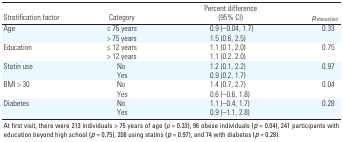
<table><thead><tr><td><b>Stratification factor</b></td><td><b>Category</b></td><td><b>Percent difference (95% CI)</b></td><td><b><i>p</i><sub>interaction</sub></b></td></tr></thead><tbody><tr><td rowspan="2"><b>Age</b></td><td><b>≤ 75 years</b></td><td>0.9 (–0.04, 1.7)</td><td>0.33</td></tr><tr><td><b>&gt; 75 years</b></td><td>1.5 (0.6, 2.5)</td></tr><tr><td rowspan="2"><b>Education</b></td><td><b>≤ 12 years</b></td><td>1.1 (0.1, 2.0)</td><td>0.75</td></tr><tr><td><b>&gt; 12 years</b></td><td>1.1 (0.2, 2.0)</td></tr><tr><td rowspan="2"><b>Statin use</b></td><td><b>No</b></td><td>1.2 (0.1, 2.2)</td><td>0.97</td></tr><tr><td><b>Yes</b></td><td>0.9 (0.2, 1.7)</td></tr><tr><td rowspan="2"><b>BMI &gt; 30</b></td><td><b>No</b></td><td>1.4 (0.7, 2.7)</td><td>0.04</td></tr><tr><td><b>Yes</b></td><td>0.6 (–0.6, 1.8)</td></tr><tr><td rowspan="2"><b>Diabetes</b></td><td><b>No</b></td><td>1.1 (–0.4, 1.7)</td><td>0.28</td></tr><tr><td><b>Yes</b></td><td>0.9 (–1.1, 2.8)</td></tr><tr><td colspan="4">At first visit, there were 213 individuals &gt; 75 years of age (<i>p</i> = 0.33), 96 obese individuals (<i>p</i> = 0.04), 241 participants with education beyond high school (<i>p</i> = 0.75), 208 using statins (<i>p</i> = 0.97), and 74 with diabetes (<i>p</i> = 0.28).</td></tr></tbody></table>